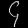
Digit: ၄